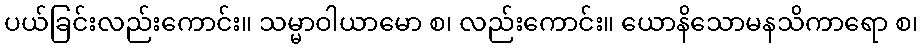
ပယ်ခြင်းလည်းကောင်း။ သမ္မာဝါယာမော စ၊ လည်းကောင်း။ ယောနိသောမနသိကာရော စ၊